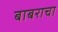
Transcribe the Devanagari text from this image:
बाबराचा